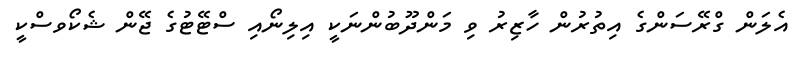
އެލަން ގްރޭސަންގެ އިތުރުން ހާޒިރު ވި މަންދޫބުންނަކީ އިލިނޯއި ސްޓޭޓުގެ ޖޭން ޝެކޯވސްކީ